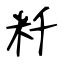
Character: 粁